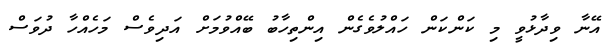
އޭނާ ވިދާޅުވީ މި ކަންކަން ހައްލުވެގެން އިންތިހާބު ބޭއްވުމަށް އަދިވެސް މަހެއްހާ ދުވަސް